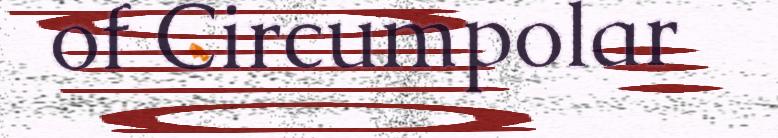
of Circumpolar